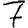
Digit: 7